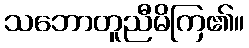
သဘောတူညီမိကြ၏။